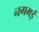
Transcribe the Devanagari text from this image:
नगमई